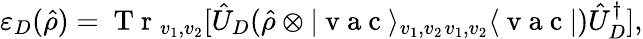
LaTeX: \varepsilon_{D}(\hat{\rho})=\mathrm{~T~r~}_{v_{1},v_{2}}[\hat{U}_{D}(\hat{\rho}\otimes|\mathrm{~v~a~c~}\rangle_{v_{1},v_{2}}{}_{v_{1},v_{2}}\langle\mathrm{~v~a~c~}|)\hat{U}_{D}^{\dagger}],